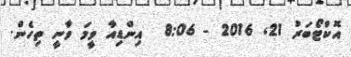
އޮކްޓޯބަރު 21